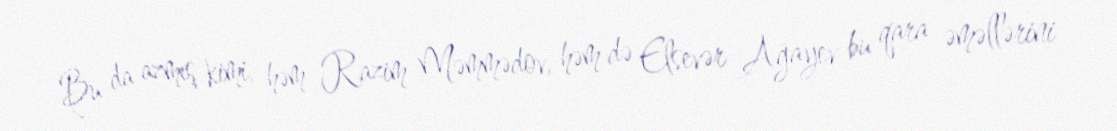
Bu da azmış kimi, həm Razim Məmmədov, həm də Elsevər Ağayev bu qara əməllərini